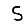
Digit: 5